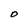
Character: O